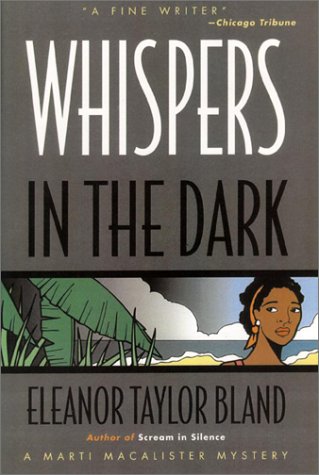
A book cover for Whispers in the Dark (Marti Macalister); Eleanor Taylor Bland; Mystery, Thriller & Suspense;